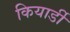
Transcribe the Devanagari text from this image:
कियार्डी